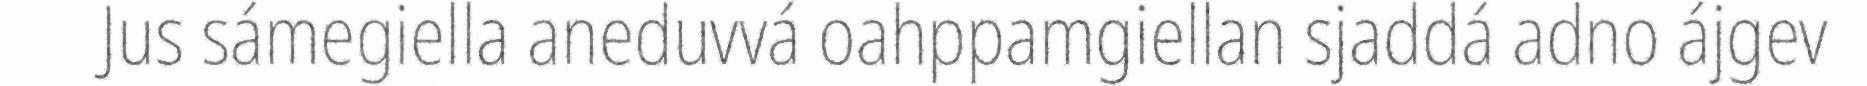
Jus sámegiella aneduvvá oahppamgiellan sjaddá adno ájgev